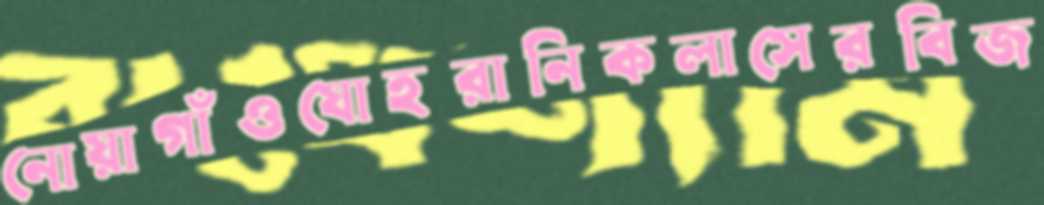
নোয়াগাঁওযোহরানিকলাসেরবিজ